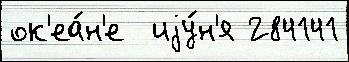
ок'еа́н'е  иjу́н'я 284141